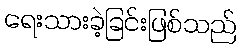
ရေးသားခဲ့ခြင်းဖြစ်သည်